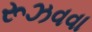
રૂઝવવા